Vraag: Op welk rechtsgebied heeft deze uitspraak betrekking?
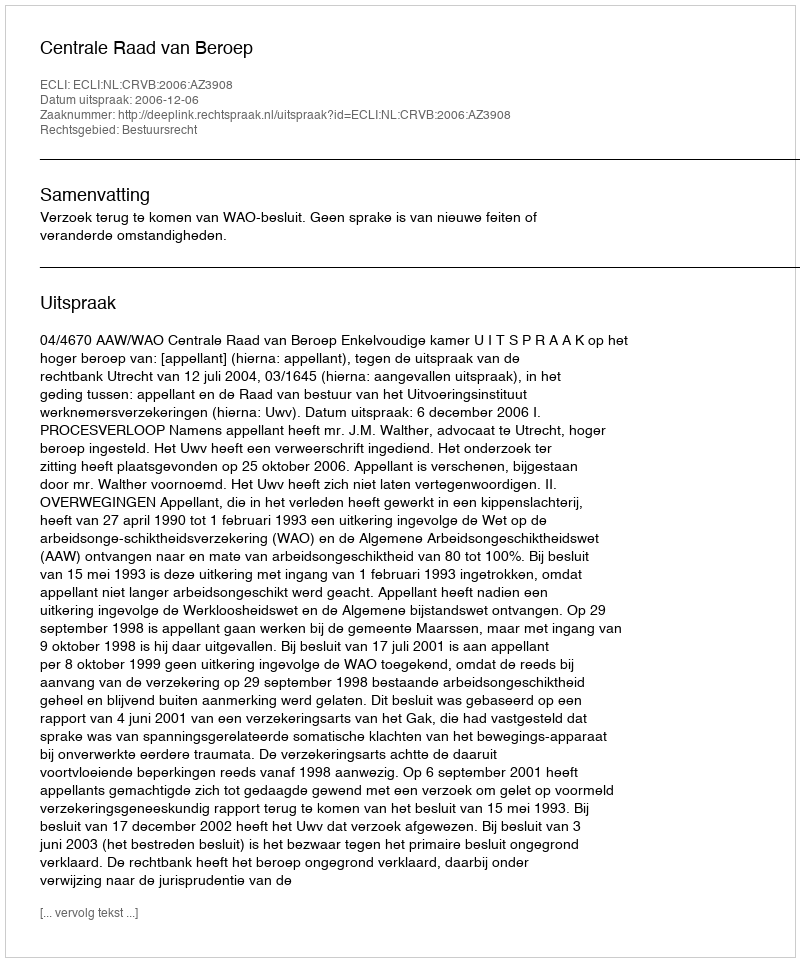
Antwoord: Bestuursrecht